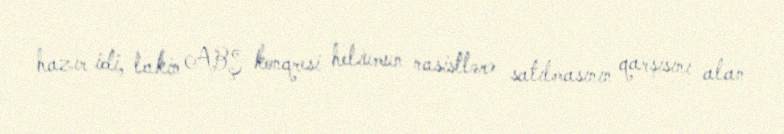
hazır idi, lakin ABŞ konqresi heliumun nasistlərə satılmasının qarşısını alan